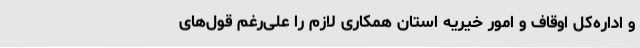
و اداره‌کل اوقاف و امور خیریه استان همکاری لازم را علی‌رغم قول‌های